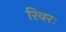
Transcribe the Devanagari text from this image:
रिवरः